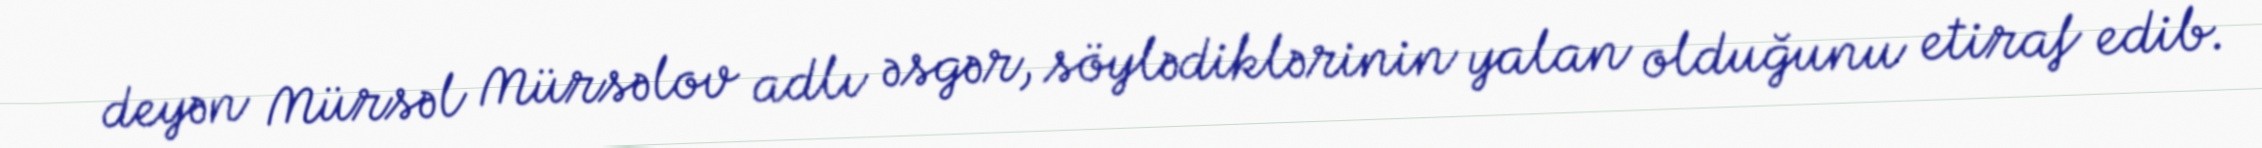
deyən Mürsəl Mürsəlov adlı əsgər, söylədiklərinin yalan olduğunu etiraf edib.